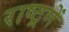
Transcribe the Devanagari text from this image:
राष्ट्रमें